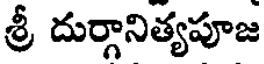
శ్రీ దుర్గానిత్యపూజ